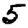
Digit: 5